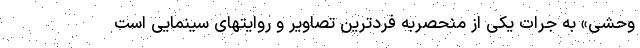
وحشی» به جرأت یکی از منحصربه فردترین تصاویر و روایتهای سینمایی است